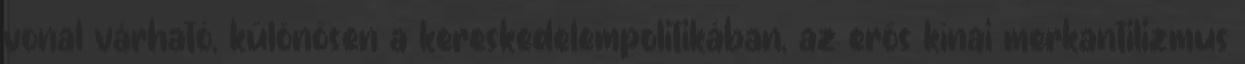
vonal várható, különösen a kereskedelempolitikában, az erős kínai merkantilizmus